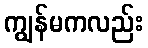
ကျွန်မကလည်း